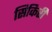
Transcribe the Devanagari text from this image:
सिकिरी